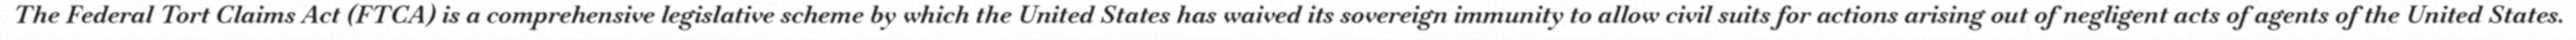
The Federal Tort Claims Act (FTCA) is a comprehensive legislative scheme by which the United States has waived its sovereign immunity to allow civil suits for actions arising out of negligent acts of agents of the United States.